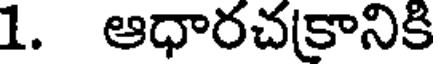
1. ఆధారచకానికి